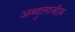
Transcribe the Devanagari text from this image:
अब्दुलाजी़ज़